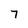
Character: 7